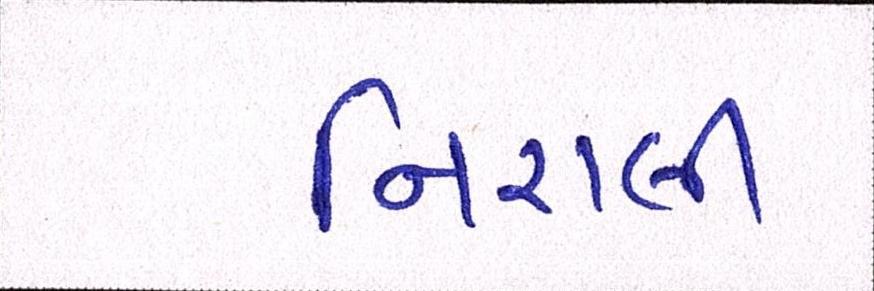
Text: નિરાલી